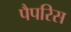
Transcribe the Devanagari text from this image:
पैपरिस